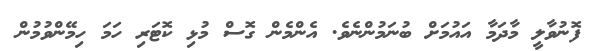
ފޮނުވާލީ މާދަމާ އައުމަށް ބުނަމުންނެވެ. އެންމެން ގޮސް މުޅި ކޮޓަރި ހަމަ ހިމޭންވުމުން